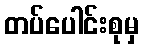
တပ်ပေါင်းစုမှ